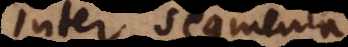
inter segmenta